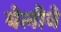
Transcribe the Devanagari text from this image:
बेलीने